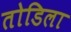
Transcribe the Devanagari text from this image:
तोडिला